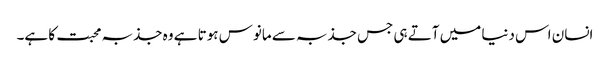
انسان اس دنیا میں آتے ہی جس جذبہ سے مانوس ہوتا ہے وہ جذبہ محبت کا ہے۔